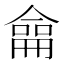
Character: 𠎤